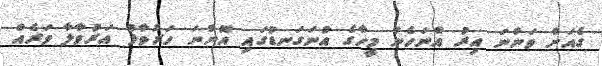
ގެއަށް ވަންނަ އިރު އްނަހެން މީހާގެ އުނަގަނޑުގައި އޮންނަ ހަރުވާޅު އަރުވާލާ ވަރެއް